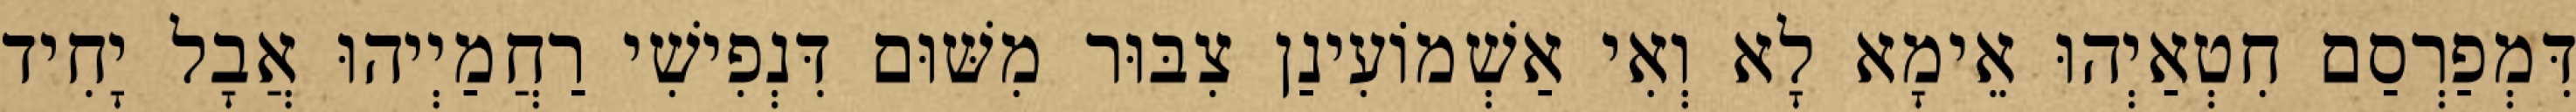
דִּמְפַרְסַם חִטְאַיְהוּ אֵימָא לָא וְאִי אַשְׁמוֹעִינַן צִבּוּר מִשּׁוּם דִּנְפִישִׁי רַחֲמַיְיהוּ אֲבָל יָחִיד